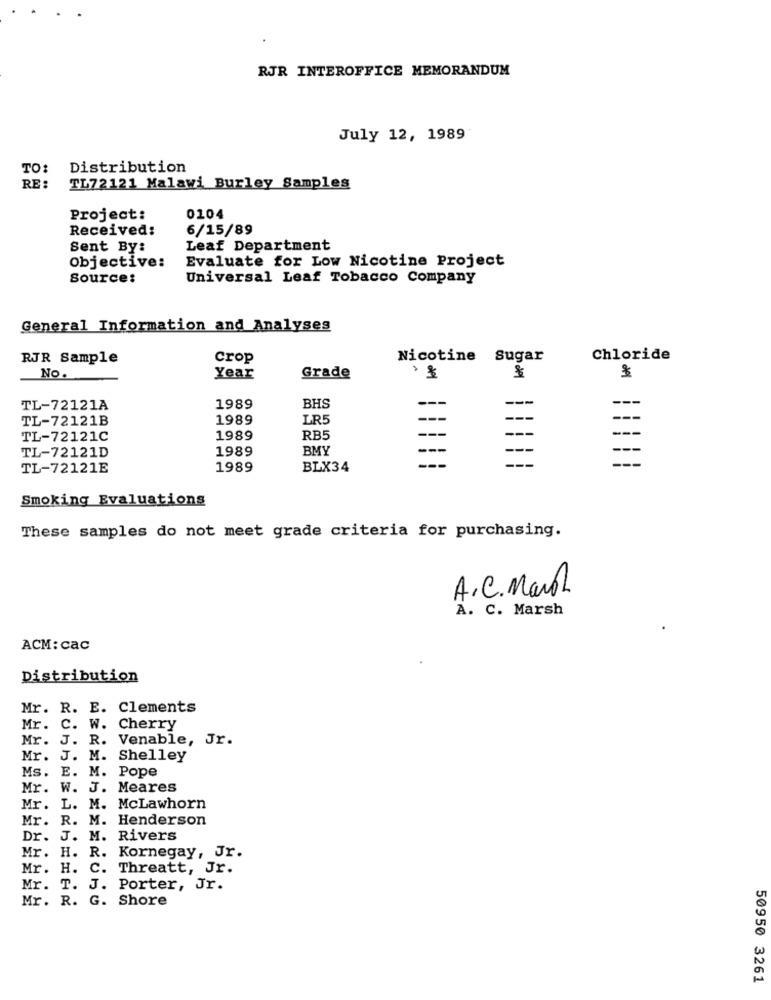
RJR INTEROFFICE MEMORANDUM
July 12, 1989
TO:
Distribution
RE:
TL72121 Malawi Burley Samples
Project:
0104
Received:
6/15/89
Sent By:
Leaf Department
Evaluate for Low Nicotine Project
Objective:
Source:
Universal Leaf Tobacco Company
General Information and Analyses
RJR Sample
Crop
Nicotine Sugar
Chloride
$
No .
Year
Grade
o del
TL-72121A
1989
BHS
TL-72121B
1989
LR5
--
TL-72121C
1989
RB5
1989
BMY
---
---
TL-72121D
---
TL-72121E
1989
BLX34
Smoking Evaluations
These samples do not meet grade criteria for purchasing.
A.C. Maroh
A. C. Marsh
ACM: cac
Distribution
Mr. R. E. Clements
Mr. C. W. Cherry
Mr. J. R. Venable, Jr.
Mr. J. M. Shelley
Ms. E. M. Pope
Mr. W. J. Meares
Mr. L. M. McLawhorn
Mr. R. M. Henderson
Dr. J. M. Rivers
Mr. H. R. Kornegay, Jr.
Mr. H. C. Threatt, Jr.
Mr. T. J. Porter, Jr.
Mr. R. G. Shore
50950 3261